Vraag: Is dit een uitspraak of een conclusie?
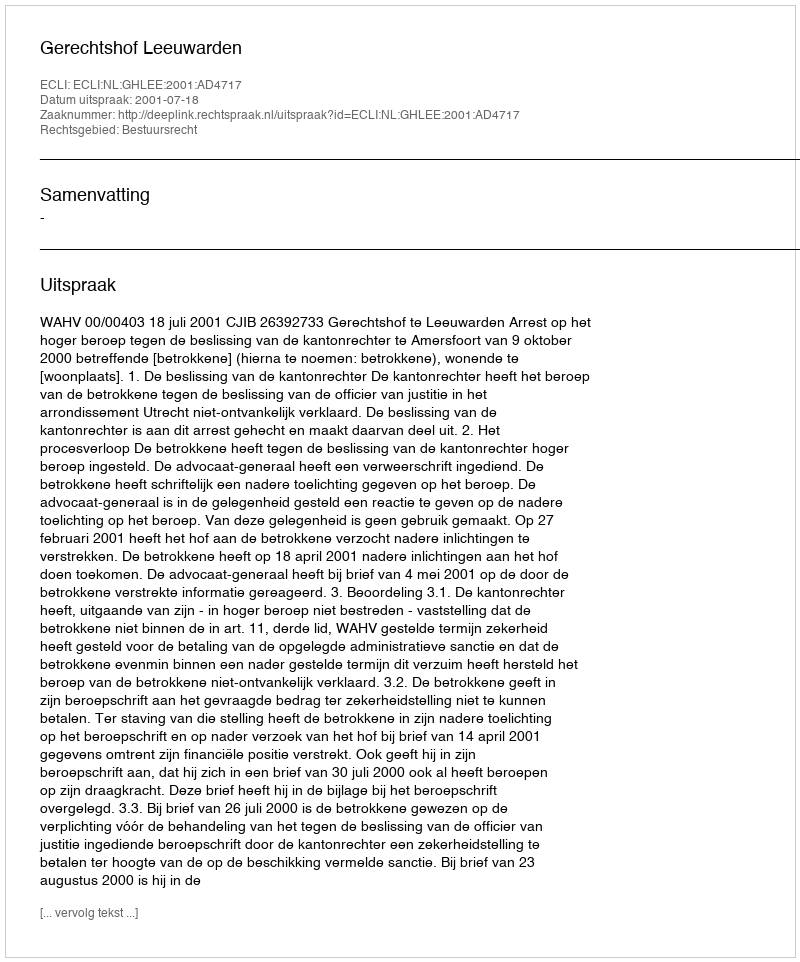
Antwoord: Uitspraak